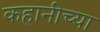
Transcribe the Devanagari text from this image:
कहानीच्या